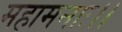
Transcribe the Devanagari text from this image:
महामनाः।।